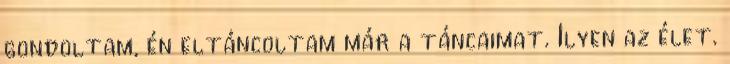
gondoltam, én eltáncoltam már a táncaimat. Ilyen az élet.